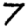
Digit: 7